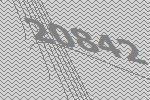
20842